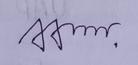
Signature authenticity: genuine